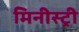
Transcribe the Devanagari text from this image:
मिनीस्‍ट्री